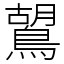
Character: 鶦